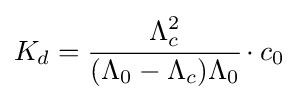
K_{d}={\cfrac {\Lambda _{c}^{2}}{(\Lambda _{0}-\Lambda _{c})\Lambda _{0}}}\cdot c_{0}